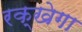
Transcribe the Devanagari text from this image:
रक्खेगा